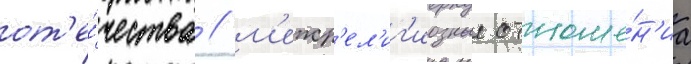
от'е́чества / м'ежр'ел'иг'иозные отноше́н'иа